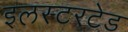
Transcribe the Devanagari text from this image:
इलस्टरटेड